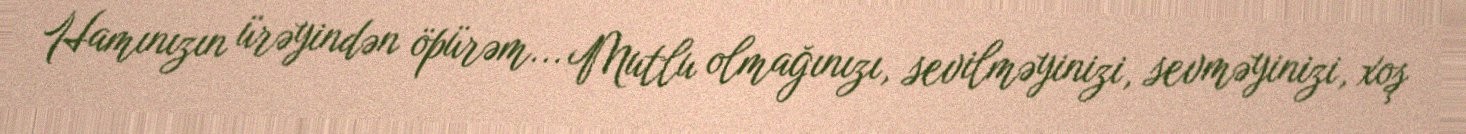
Hamınızın ürəyindən öpürəm... Mutlu olmağınızı, sevilməyinizi, sevməyinizi, xoş